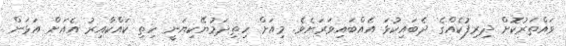
ވައްތަރުކޮށް ދިރިފުކެއްގެ ދެބައިކުޅަ އެއްބައިވަރަށެވެ. މިއަށް ހިތިދަމުޔޭކިޔަނީ ހިތި ކައްކާއިރު އެއަށް އަޅަން